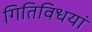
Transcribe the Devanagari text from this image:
गितिविधयां